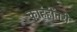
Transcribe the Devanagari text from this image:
काहंहींतरी